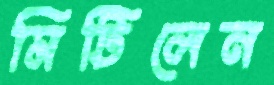
মিটিলেন